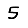
Digit: 5